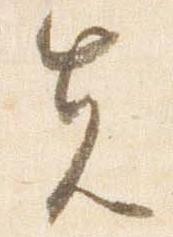
先